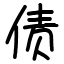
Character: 债